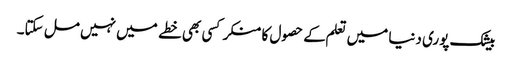
بیشک پوری دنیا میں تعلم کے حصول کا منکر کسی بھی خطے میں نہیں مل سکتا۔